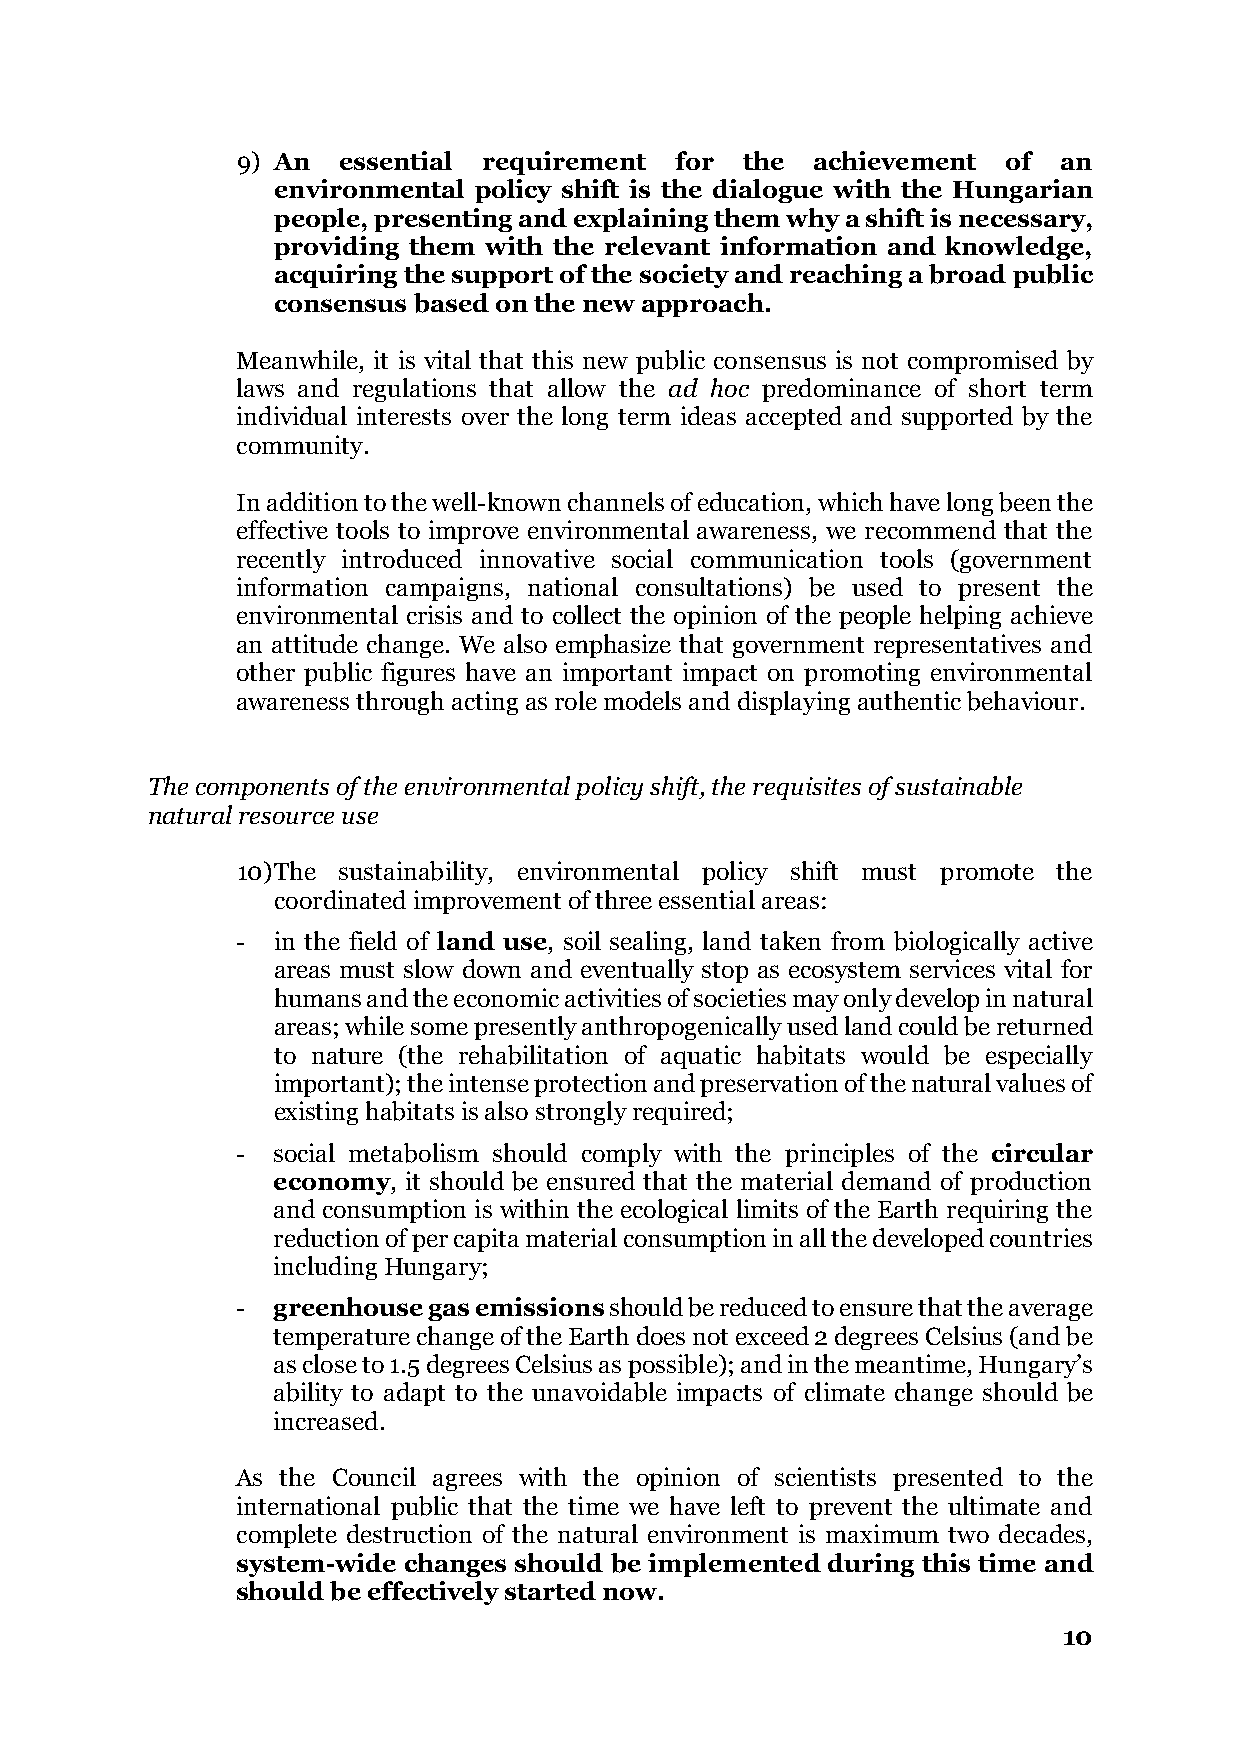
9) An essential requirement  for the  achievement  of an
 environmental policy shift is the dialogue with the Hungarian
 people, presenting and explaining them why a shift is necessary,
 providing them with the relevant information and knowledge,
 acquiring the support of the society and reaching a broad public
 consensus based on the new approach.
 Meanwhile, it is vital that this new public consensus is not compromised by
 laws and regulations that allow the ad hoc predominance of short term
 individual interests over the long term ideas accepted and supported by the
 community.
 In addition to the well-known channels of education, which have long been the
 effective tools to improve environmental awareness, we recommend that the
 recently introduced innovative social communication tools (government
 information campaigns, national consultations) be used to present the
 environmental crisis and to collect the opinion of the people helping achieve
 an attitude change. We also emphasize that government representatives and
 other public figures have an important impact on promoting environmental
 awareness through acting as role models and displaying authentic behaviour.
 The components of the environmental policy shift, the requisites of sustainable
 natural resource use
 10) The sustainability, environmental policy shift must promote the
 coordinated improvement of three essential areas:
 - in the field of land use, soil sealing, land taken from biologically active
 areas must slow down and eventually stop as ecosystem services vital for
 humans and the economic activities of societies may only develop in natural
 areas; while some presently anthropogenically used land could be returned
 to nature (the rehabilitation of aquatic habitats would be especially
 important); the intense protection and preservation of the natural values of
 existing habitats is also strongly required;
 - social metabolism should comply with the principles of the circular
 economy, it should be ensured that the material demand of production
 and consumption is within the ecological limits of the Earth requiring the
 reduction of per capita material consumption in all the developed countries
 including Hungary;
 - greenhouse gas emissions should be reduced to ensure that the average
 temperature change of the Earth does not exceed 2 degrees Celsius (and be
 as close to 1.5 degrees Celsius as possible); and in the meantime, Hungary’s
 ability to adapt to the unavoidable impacts of climate change should be
 increased.
 As the Council agrees with the opinion of scientists presented to the
 international public that the time we have left to prevent the ultimate and
 complete destruction of the natural environment is maximum two decades,
 system-wide changes should be implemented during this time and
 should be effectively started now.
 10